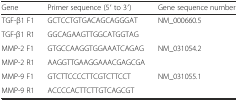
| Gene | Primer sequence (5′ to 3′) | Gene sequence number |
 | --- | --- | --- |
 | TGF-β1 F1 | GCTCCTGTGACAGCAGGGAT | <ROWSPAN=2> NM_000660.5 |
 | TGF-β1 R1 | GGCAGAAGTTGGCATGGTAG |
 | MMP-2 F1 | GTGCCAAGGTGGAAATCAGAG | <ROWSPAN=2> NM_031054.2 |
 | MMP-2 R1 | AAGGTTGAAGGAAACGAGCGA |
 | MMP-9 F1 | GTCTTCCCCTTCGTCTTCCT | <ROWSPAN=2> NM_031055.1 |
 | MMP-9 R1 | ACCCCACTTCTTGTCAGCGT |